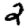
Digit: 2